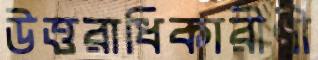
উত্তরাধিকারীণী